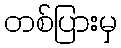
တစ်ပြားမှ